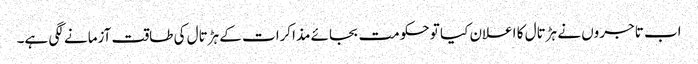
اب تاجروں نے ہڑتال کا اعلان کیا تو حکومت بجائے مذاکرات کے ہڑتال کی طاقت آزمانے لگی ہے۔